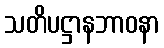
သတိပဋ္ဌာနဘာဝနာ